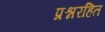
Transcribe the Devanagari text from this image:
प्रश्नरहित